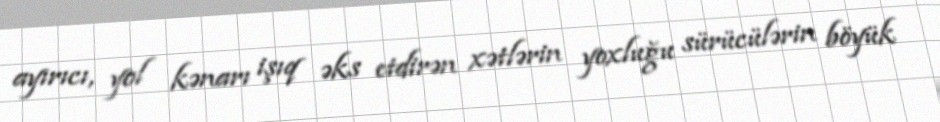
ayırıcı, yol kənarı işıq əks etdirən xətlərin yoxluğu sürücülərin böyük